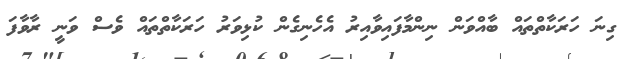
ގިނަ ހަރަކާތްތައް ބާއްވަން ނިންމާފައިވާއިރު އެހެނިގެން ކުޅިވަރު ހަރަކާތްތައް ވެސް ވަނީ ރާވާފަ